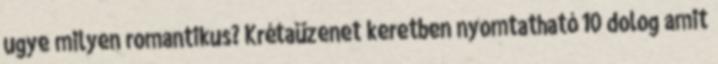
ugye milyen romantikus? Krétaüzenet keretben nyomtatható 10 dolog amit